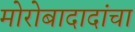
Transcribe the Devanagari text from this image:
मोरोबादादांचा